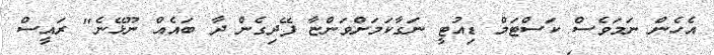
އެހެން ނަމަވެސް ކަސްޓަމް ޑިއުޓީ ނަގާކަމަށްވަންޏާ ފޭދިގެން ދާ ބައެއް ނޫޅޭނެ" ރައީސް